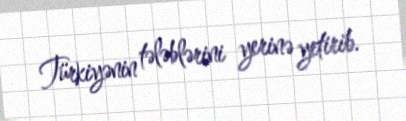
Türkiyənin tələblərini yerinə yetirib.